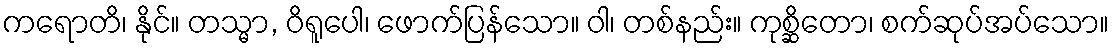
ကရောတိ၊ နိုင်။ တသ္မာ, ဝိရူပေါ၊ ဖောက်ပြန်သော။ ဝါ၊ တစ်နည်း။ ကုစ္ဆိတော၊ စက်ဆုပ်အပ်သော။